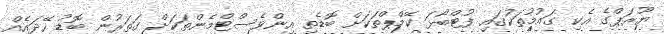
ޔޫރަޕްގެ އެކި ގައުމުތަކުގައި ފުޓްބޯޅަ ކޭމްޕްތަކަށް ބޮޑެތި އިންވެސްޓްމެންތަކަށް ގަތަރުން ބޮޑު ހޭދައެއް